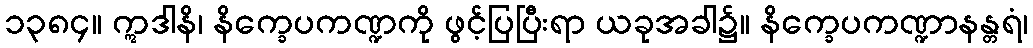
၁၃၈၄။ ဣဒါနိ၊ နိက္ခေပကဏ္ဍကို ဖွင့်ပြပြီးရာ ယခုအခါ၌။ နိက္ခေပကဏ္ဍာနန္တရံ၊